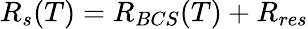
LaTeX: R_{s}(T)=R_{BCS}(T)+R_{res}